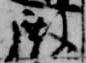
殿